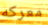
معركه